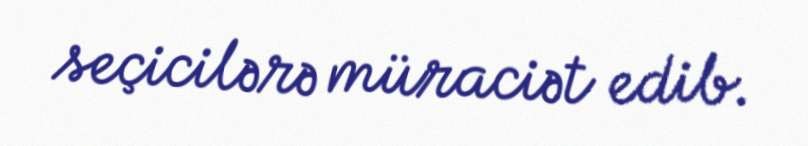
seçicilərə müraciət edib.